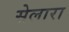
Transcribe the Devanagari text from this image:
सेलारा